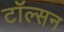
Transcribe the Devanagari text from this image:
टॉल्सन